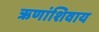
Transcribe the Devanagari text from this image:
ऋणांशिवाय